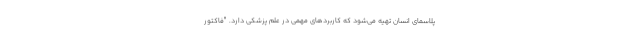
پلاسمای انسان تهیه می‌شود که کاربردهای مهمی در علم پزشکی دارد. "فاکتور